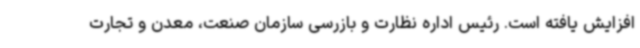
افزایش یافته است. رئیس اداره نظارت و بازرسی سازمان صنعت، معدن و تجارت